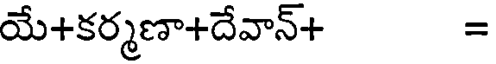
యే+కర్మణా+దేవాన్+ =